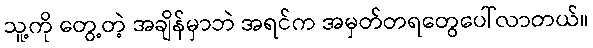
သူ့ကို တွေ့တဲ့ အချိန်မှာဘဲ အရင်က အမှတ်တရတွေပေါ်လာတယ်။